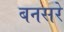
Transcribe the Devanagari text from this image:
बनसरे